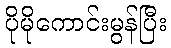
ပိုမိုကောင်းမွန်ပြီး